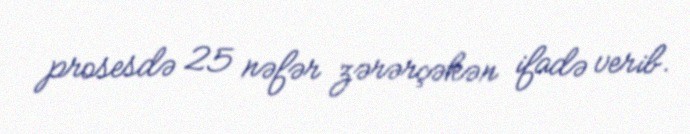
prosesdə 25 nəfər zərərçəkən ifadə verib.